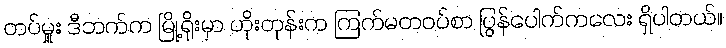
တပ်မှူး ဒီဘက်က မြို့ရိုးမှာ ဟိုးတုန်းက ကြက်မတဝပ်စာ ပြွန်ပေါက်ကလေး ရှိပါတယ်။